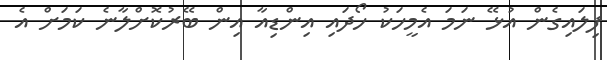
ފިލައިގެން އުޅޭ ނަމަ އެމީހަކު ހޯދައި އިންޑިއާ އިން ބޭރުކޮށްލާނެ ކަމަށް އެ